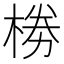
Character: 椦